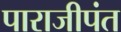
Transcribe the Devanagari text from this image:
पाराजीपंत